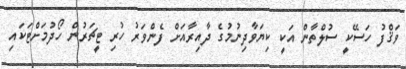
ވަޤްފު ހަސޭކީ ސުލްތާން އަކީ ކިޔަވާދިނުމުގެ ދާއިރާއަށް ފެންވަރު ހުރި ޓީޗަރުން ހޯދުމަށްޓަކައި